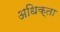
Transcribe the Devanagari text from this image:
अधिक्ता